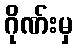
ဂိုဏ်းမှ